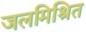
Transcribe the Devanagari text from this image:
जलमिश्रित